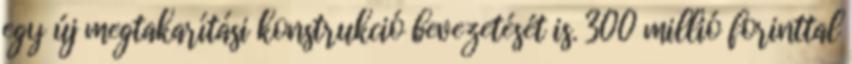
egy új megtakarítási konstrukció bevezetését is. 300 millió forinttal